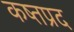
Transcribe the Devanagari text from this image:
कष्तप्रद